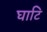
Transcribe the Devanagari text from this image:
घाटि